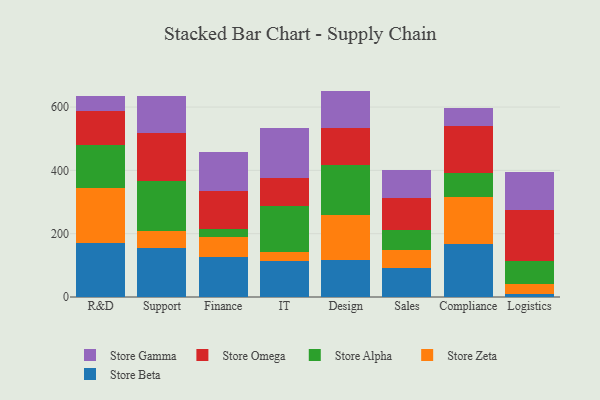
{"axis": {"x": "Department", "y": "Budget (USD K)"}, "legend": ["Store Alpha", "Store Beta", "Store Gamma", "Store Omega", "Store Zeta"], "data": [{"x": "R&D", "y": 171.0, "type": "Store Beta"}, {"x": "R&D", "y": 173.5, "type": "Store Zeta"}, {"x": "R&D", "y": 136.6, "type": "Store Alpha"}, {"x": "R&D", "y": 107.4, "type": "Store Omega"}, {"x": "R&D", "y": 46.4, "type": "Store Gamma"}, {"x": "Support", "y": 155.7, "type": "Store Beta"}, {"x": "Support", "y": 52.2, "type": "Store Zeta"}, {"x": "Support", "y": 158.3, "type": "Store Alpha"}, {"x": "Support", "y": 153.1, "type": "Store Omega"}, {"x": "Support", "y": 115.6, "type": "Store Gamma"}, {"x": "Finance", "y": 125.9, "type": "Store Beta"}, {"x": "Finance", "y": 65.1, "type": "Store Zeta"}, {"x": "Finance", "y": 24.3, "type": "Store Alpha"}, {"x": "Finance", "y": 118.5, "type": "Store Omega"}, {"x": "Finance", "y": 125.5, "type": "Store Gamma"}, {"x": "IT", "y": 115.0, "type": "Store Beta"}, {"x": "IT", "y": 27.9, "type": "Store Zeta"}, {"x": "IT", "y": 143.1, "type": "Store Alpha"}, {"x": "IT", "y": 89.0, "type": "Store Omega"}, {"x": "IT", "y": 157.8, "type": "Store Gamma"}, {"x": "Design", "y": 117.4, "type": "Store Beta"}, {"x": "Design", "y": 141.3, "type": "Store Zeta"}, {"x": "Design", "y": 158.8, "type": "Store Alpha"}, {"x": "Design", "y": 117.1, "type": "Store Omega"}, {"x": "Design", "y": 116.6, "type": "Store Gamma"}, {"x": "Sales", "y": 91.6, "type": "Store Beta"}, {"x": "Sales", "y": 58.4, "type": "Store Zeta"}, {"x": "Sales", "y": 61.8, "type": "Store Alpha"}, {"x": "Sales", "y": 101.7, "type": "Store Omega"}, {"x": "Sales", "y": 87.7, "type": "Store Gamma"}, {"x": "Compliance", "y": 168.4, "type": "Store Beta"}, {"x": "Compliance", "y": 148.0, "type": "Store Zeta"}, {"x": "Compliance", "y": 76.6, "type": "Store Alpha"}, {"x": "Compliance", "y": 148.2, "type": "Store Omega"}, {"x": "Compliance", "y": 55.6, "type": "Store Gamma"}, {"x": "Logistics", "y": 9.0, "type": "Store Beta"}, {"x": "Logistics", "y": 31.4, "type": "Store Zeta"}, {"x": "Logistics", "y": 72.2, "type": "Store Alpha"}, {"x": "Logistics", "y": 161.3, "type": "Store Omega"}, {"x": "Logistics", "y": 121.1, "type": "Store Gamma"}]}